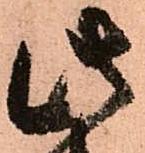
此